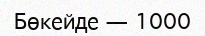
Бөкейде — 1000